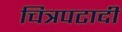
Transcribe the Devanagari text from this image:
चित्रपटादी